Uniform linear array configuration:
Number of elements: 4
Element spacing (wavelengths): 1
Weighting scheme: kaiser
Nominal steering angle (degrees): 0
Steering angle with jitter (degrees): -0.3817
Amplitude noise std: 0.05
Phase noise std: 0.05

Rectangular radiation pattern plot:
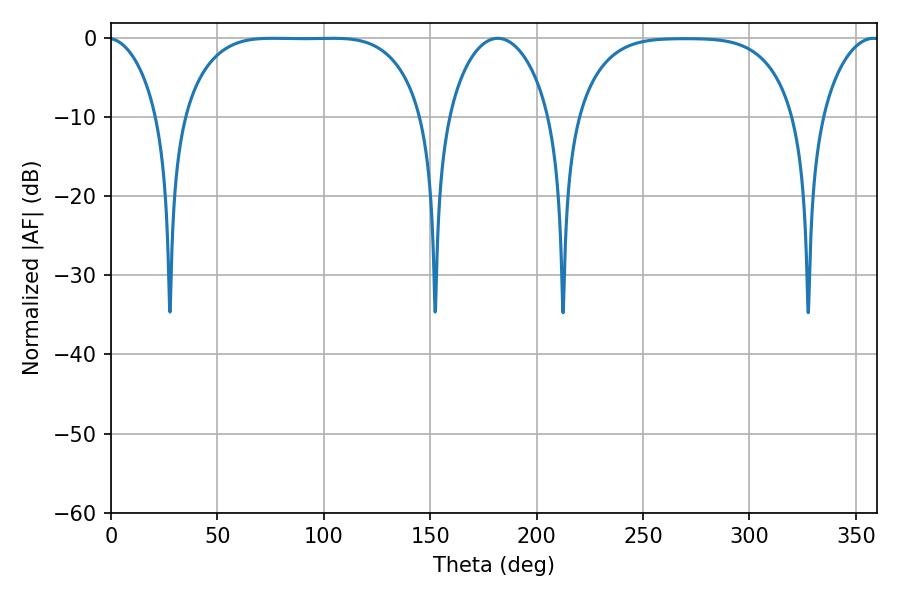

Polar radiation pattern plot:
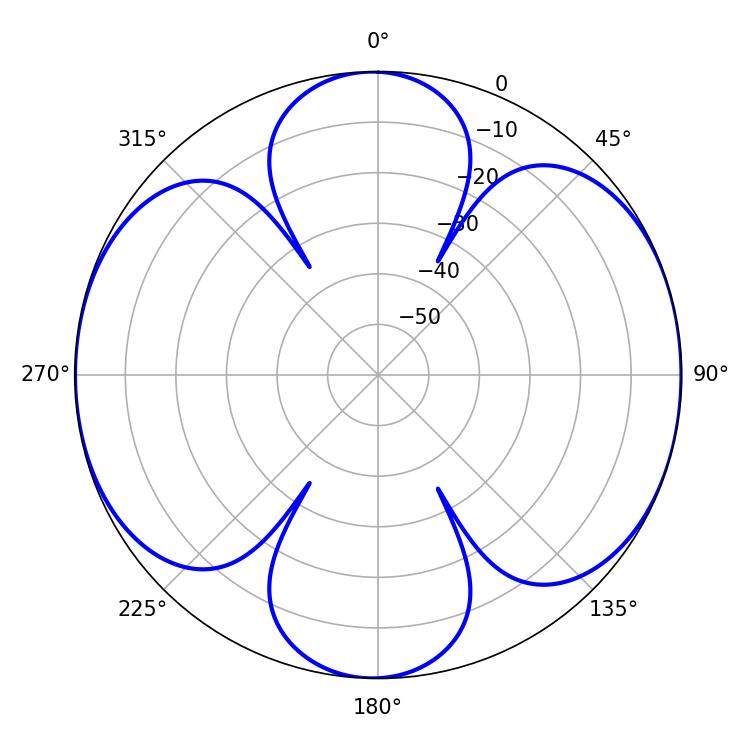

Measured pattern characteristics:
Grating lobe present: TRUE
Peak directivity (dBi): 11.543
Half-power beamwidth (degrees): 86.04
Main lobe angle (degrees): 75.78